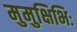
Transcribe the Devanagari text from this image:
मुमुक्षिभिः